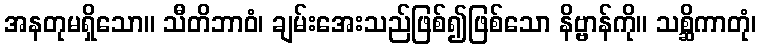
အနတုမရှိသော။ သီတိဘာဝံ၊ ချမ်းအေးသည်ဖြစ်၍ဖြစ်သော နိဗ္ဗာန်ကို။ သစ္ဆိကာတုံ၊